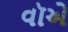
વૉએ